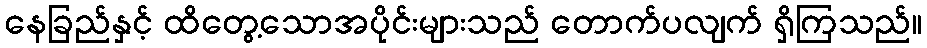
နေခြည်နှင့် ထိတွေ့သောအပိုင်းများသည် တောက်ပလျက် ရှိကြသည်။